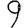
Digit: 9